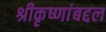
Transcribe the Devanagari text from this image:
श्रीकृष्णांबद्दल